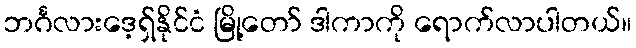
ဘင်္ဂလားဒေ့ရှ်နိုင်ငံ မြို့တော် ဒါကာကို ရောက်လာပါတယ်။